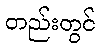
တည်းတွင်